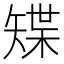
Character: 𥏭